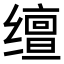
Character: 𬙉